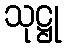
သုဋ္ဌု